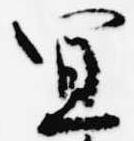
宣